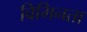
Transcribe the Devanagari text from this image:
विभिनता